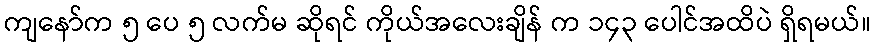
ကျနော်က ၅ ပေ ၅ လက်မ ဆိုရင် ကိုယ်အလေးချိန် က ၁၄၃ ပေါင်အထိပဲ ရှိရမယ်။